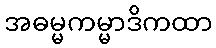
အဓမ္မကမ္မာဒိကထာ